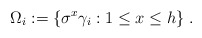
\begin{align*}\Omega _{i}:=\{\sigma ^{x}\gamma _{i}:1\leq x\leq h\}\;. \end{align*}